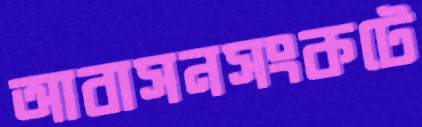
আবাসনসংকটে